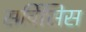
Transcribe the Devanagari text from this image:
सर्विसिस